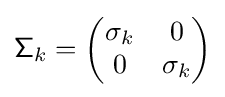
{\mathsf {\Sigma }}_{k}={\begin{pmatrix}{\mathsf {\sigma }}_{k}&0\\0&{\mathsf {\sigma }}_{k}\end{pmatrix}}